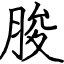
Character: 脧